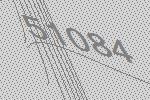
51084